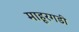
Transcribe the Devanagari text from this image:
माहूरगडी